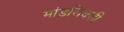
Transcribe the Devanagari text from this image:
मांडलिकही